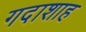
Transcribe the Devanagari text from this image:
गदाशाह